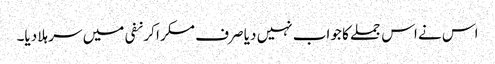
اس نے اس جملے کا جواب نہیں دیا صرف مسکرا کر نفی میں سر ہلا دیا۔